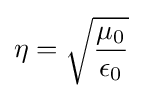
\eta ={\sqrt {\mu _{\text{0}} \over \epsilon _{\text{0}}}}